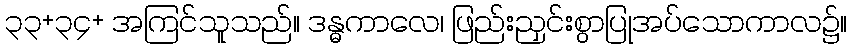
၃၃+၃၄+ အကြင်သူသည်။ ဒန္ဓကာလေ၊ ဖြည်းညှင်းစွာပြုအပ်သောကာလ၌။